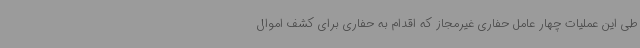
طی این عملیات چهار عامل حفاری غیرمجاز که اقدام به حفاری برای کشف اموال